Lunatic asylums in Bengal annual reports 1912-1924 - 1912-1924
Year: 1912
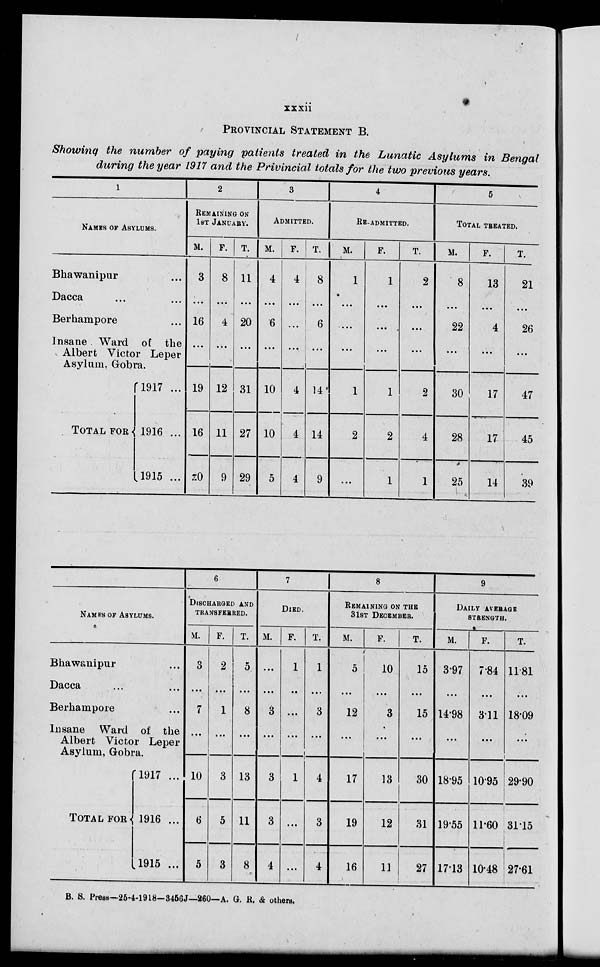
xxxii
PROVINCIAL STATEMENT B.
Showing the number of paying patients treated in the Lunatic Asylums in Bengal
during the year 1917 and the Privincial totals for the two previous years.
1
NAMES OF ASYLUMS.
Bhawanipur ...
Dacca
...
...
Berhampore ...
Insane Ward of the
Albert Victor Leper
Asylum. Gobra.
TOTAL FOR
1917 ...
1916 ...
1915 ...
2
REMAINING ON
1ST JANUARY.
M.
3
...
16
...
19
16
20
F.
8
...
4
...
12
11
9
T.
11
...
20
...
31
27
29
3
ADMITTED.
M.
4
...
6
...
10
10
5
F.
4
...
...
...
4
4
4
T.
8
...
6
...
14
14
9
4
RE-ADMITTED.
M.
1
...
...
...
1
2
...
F.
1
...
...
...
1
2
1
T.
2
...
...
...
2
4
1
5
TOTAL TREATED.
M.
8
...
22
...
30
28
25
F.
13
...
4
...
17
17
14
T.
21
...
26
...
47
45
39
NAMES OF ASYLUMS.
Bhawanipur ...
Dacca ...
Berhampore ...
Insane Ward of the
Albert Victor Leper
Asylum. Gobra
TOTAL FOR
1917 ...
1916 ...
1915 ...
6
DISCHARGED AND
TRANSFERRED.
M.
3
...
7
...
10
6
5
F.
2
...
1
...
3
5
3
T.
5
...
8
...
13
11
8
7
DIED.
M.
...
...
3
...
3
3
4
F.
1
...
...
...
1
...
...
T.
1
...
3
...
4
3
4
8
REMAINING ON THE
31ST DECEMBER.
M.
5
...
12
...
17
19
16
F.
10
...
3
...
13
12
11
T.
15
...
15
...
30
31
27
9
DAILY AVERAGE
STRENGTH.
M.
3.97
...
14.98
...
18.95
19.55
17.13
F.
7.84
...
3.11
...
10.95
11.60
10.48
T.
11.81
...
18.09
...
29.90
31.15
27.61
B. S. Press—25-4-1918-3456J—260—A. G. R. & others.